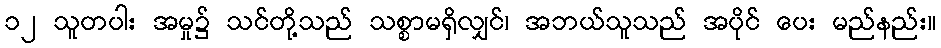
၁၂ သူတပါး အမှု၌ သင်တို့သည် သစ္စာမရှိလျှင်၊ အဘယ်သူသည် အပိုင် ပေး မည်နည်း။